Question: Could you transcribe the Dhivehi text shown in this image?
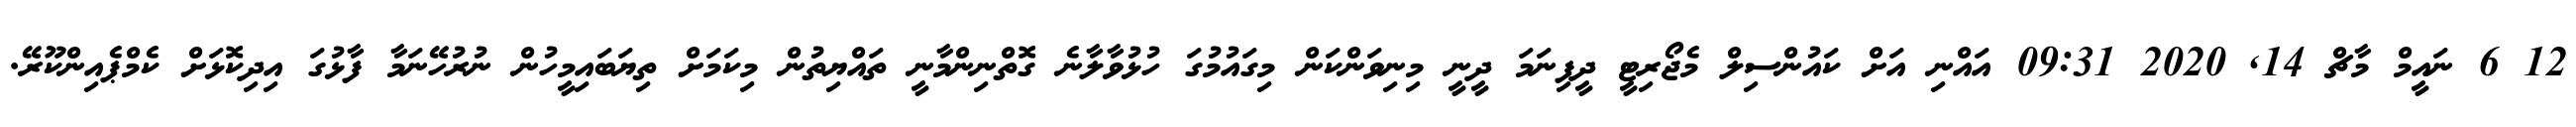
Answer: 12 6 ނައީމް މާޗް 14, 2020 09:31 އައްނި އަށް ކައުންސިލް މެޖޯރިޓީ ދީފިނަމަ ދީނީ މިނިވަންކަން މިގައުމުގަ ހުޅުވާލާނެ ގޮތްނިންމާނީ ތައްޔިތުން މިކަމަށް ތިޔަބައިމީހުން ނުރުހޭނަމާ ފާޅުގަ އިދިކޮޅަށް ކެމްޕެއިންކޫރޭ.